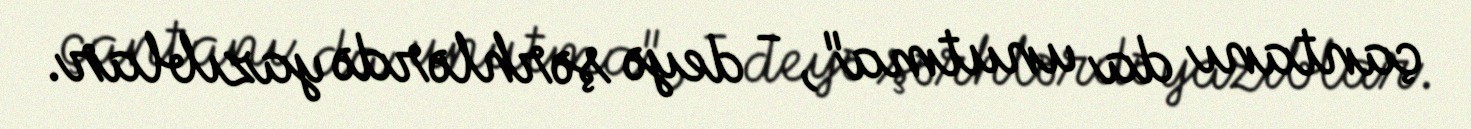
çantanı da unutma", - deyə şərhlərdə yazıblar.